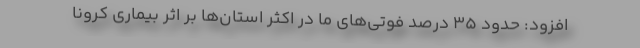
افزود: حدود ۳۵ درصد فوتی‌های ما در اکثر استان‌ها بر اثر بیماری کرونا